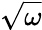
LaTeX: \sqrt{\omega}